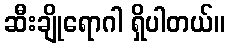
ဆီးချိုရောဂါ ရှိပါတယ်။